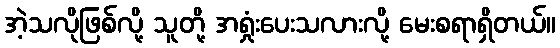
အဲ့သလိုဖြစ်လို့ သူတို့ အရှုံးပေးသလားလို့ မေးစရာရှိတယ်။